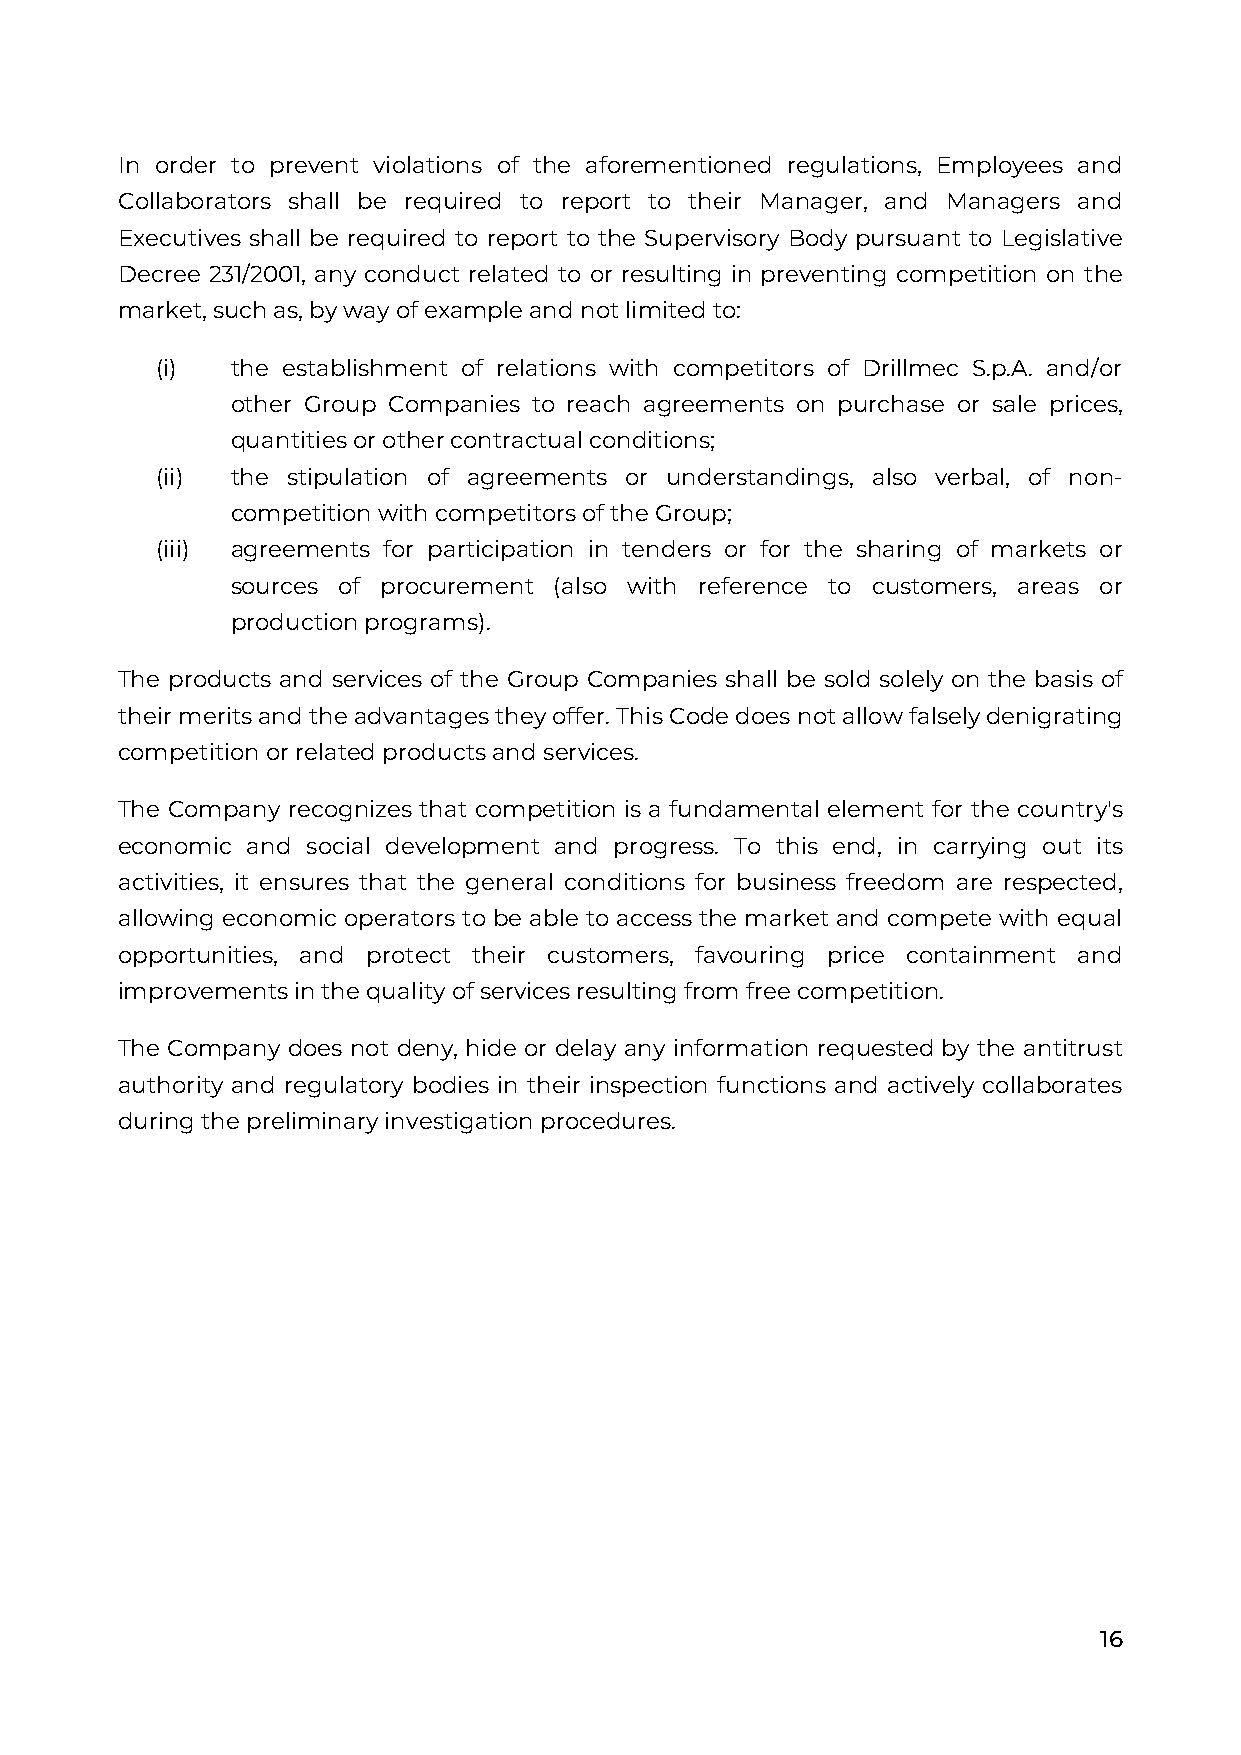
In order to prevent violations of the aforementioned regulations, Employees and
 Collaborators shall be required to report to their Manager, and Managers and
 Executives shall be required to report to the Supervisory Body pursuant to Legislative
 Decree 231/2001, any conduct related to or resulting in preventing competition on the
 market, such as, by way of example and not limited to:
 (i)  the establishment of relations with competitors of Drillmec S.p.A. and/or
 other Group Companies to reach agreements on purchase or sale prices,
 quantities or other contractual conditions;
 (ii) the stipulation of agreements or understandings, also verbal, of non-
 competition with competitors of the Group;
 (iii) agreements for participation in tenders or for the sharing of markets or
 sources of procurement (also with reference to customers, areas or
 production programs).
 The products and services of the Group Companies shall be sold solely on the basis of
 their merits and the advantages they offer. This Code does not allow falsely denigrating
 competition or related products and services.
 The Company recognizes that competition is a fundamental element for the country's
 economic and social development and progress. To this end, in carrying out its
 activities, it ensures that the general conditions for business freedom are respected,
 allowing economic operators to be able to access the market and compete with equal
 opportunities, and protect their customers, favouring price containment and
 improvements in the quality of services resulting from free competition.
 The Company does not deny, hide or delay any information requested by the antitrust
 authority and regulatory bodies in their inspection functions and actively collaborates
 during the preliminary investigation procedures.
 16